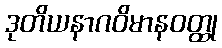
ဒုတိယနာဂဝိမာနဝတ္ထု